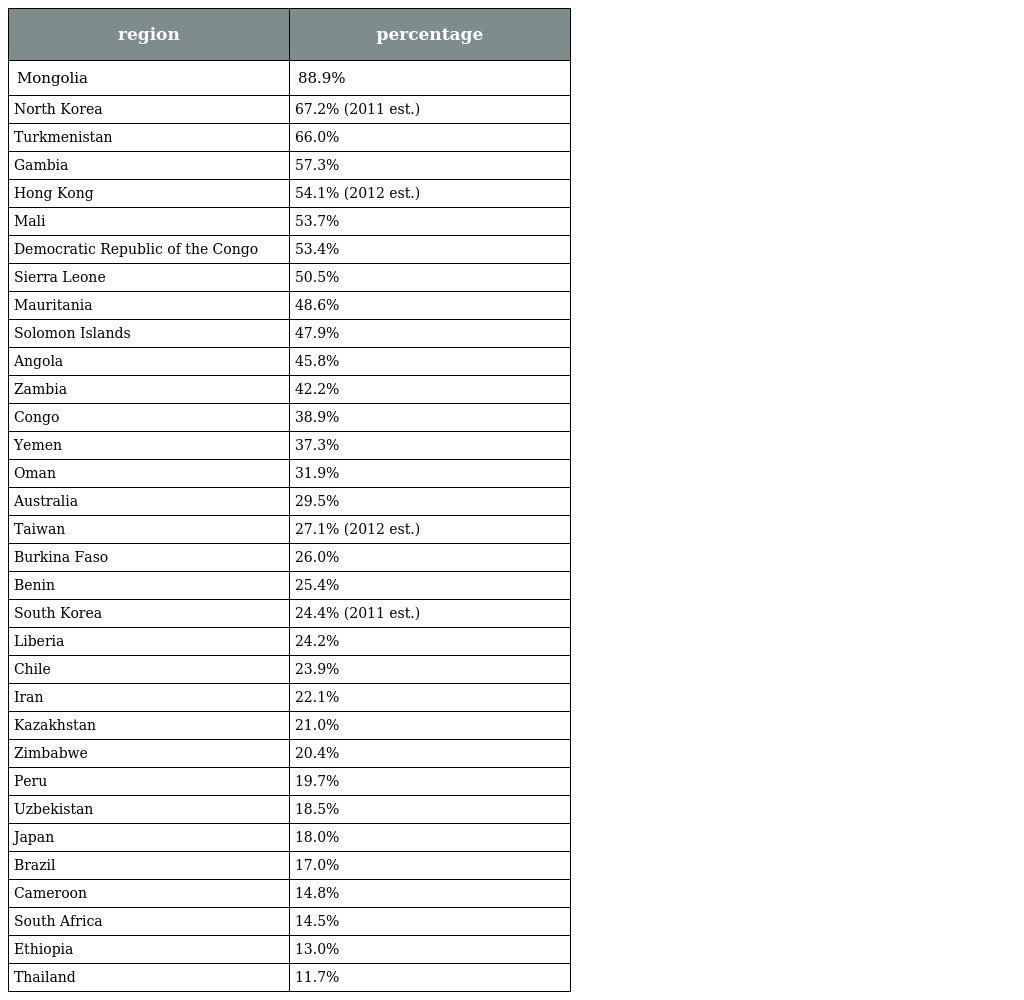
| region | percentage |
 | --- | --- |
 | Mongolia | 88.9% |
 | North Korea | 67.2% (2011 est.) |
 | Turkmenistan | 66.0% |
 | Gambia | 57.3% |
 | Hong Kong | 54.1% (2012 est.) |
 | Mali | 53.7% |
 | Democratic Republic of the Congo | 53.4% |
 | Sierra Leone | 50.5% |
 | Mauritania | 48.6% |
 | Solomon Islands | 47.9% |
 | Angola | 45.8% |
 | Zambia | 42.2% |
 | Congo | 38.9% |
 | Yemen | 37.3% |
 | Oman | 31.9% |
 | Australia | 29.5% |
 | Taiwan | 27.1% (2012 est.) |
 | Burkina Faso | 26.0% |
 | Benin | 25.4% |
 | South Korea | 24.4% (2011 est.) |
 | Liberia | 24.2% |
 | Chile | 23.9% |
 | Iran | 22.1% |
 | Kazakhstan | 21.0% |
 | Zimbabwe | 20.4% |
 | Peru | 19.7% |
 | Uzbekistan | 18.5% |
 | Japan | 18.0% |
 | Brazil | 17.0% |
 | Cameroon | 14.8% |
 | South Africa | 14.5% |
 | Ethiopia | 13.0% |
 | Thailand | 11.7% |